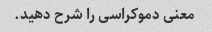
معنی دموکراسی را شرح دهید.